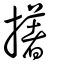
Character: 擆